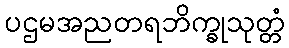
ပဌမအညတရဘိက္ခုသုတ္တံ